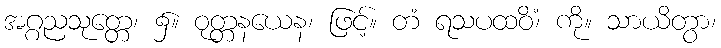
အဂ္ဂညသုတ္တေ၊ ၌။ ဝုတ္တနယေန၊ ဖြင့်။ တံ ရသပထဝိံ၊ ကို။ သာယိတွာ၊